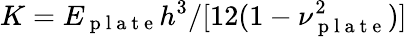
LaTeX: K={E_{\mathrm{~p~l~a~t~e~}}h^{3}}/{[12(1-\nu_{\mathrm{~p~l~a~t~e~}}^{2})]}